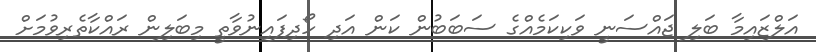
އަލްޒައިމާ ބަލި ޖައްސަނީ ވަކިކަމެއްގެ ސަބަބުން ކަން އަދި ހޯދިފައިނުވާތީ މިބަލިން ރައްކާތެރިވުމަށް